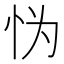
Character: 𱞅